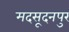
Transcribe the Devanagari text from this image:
मदसूदनपुर